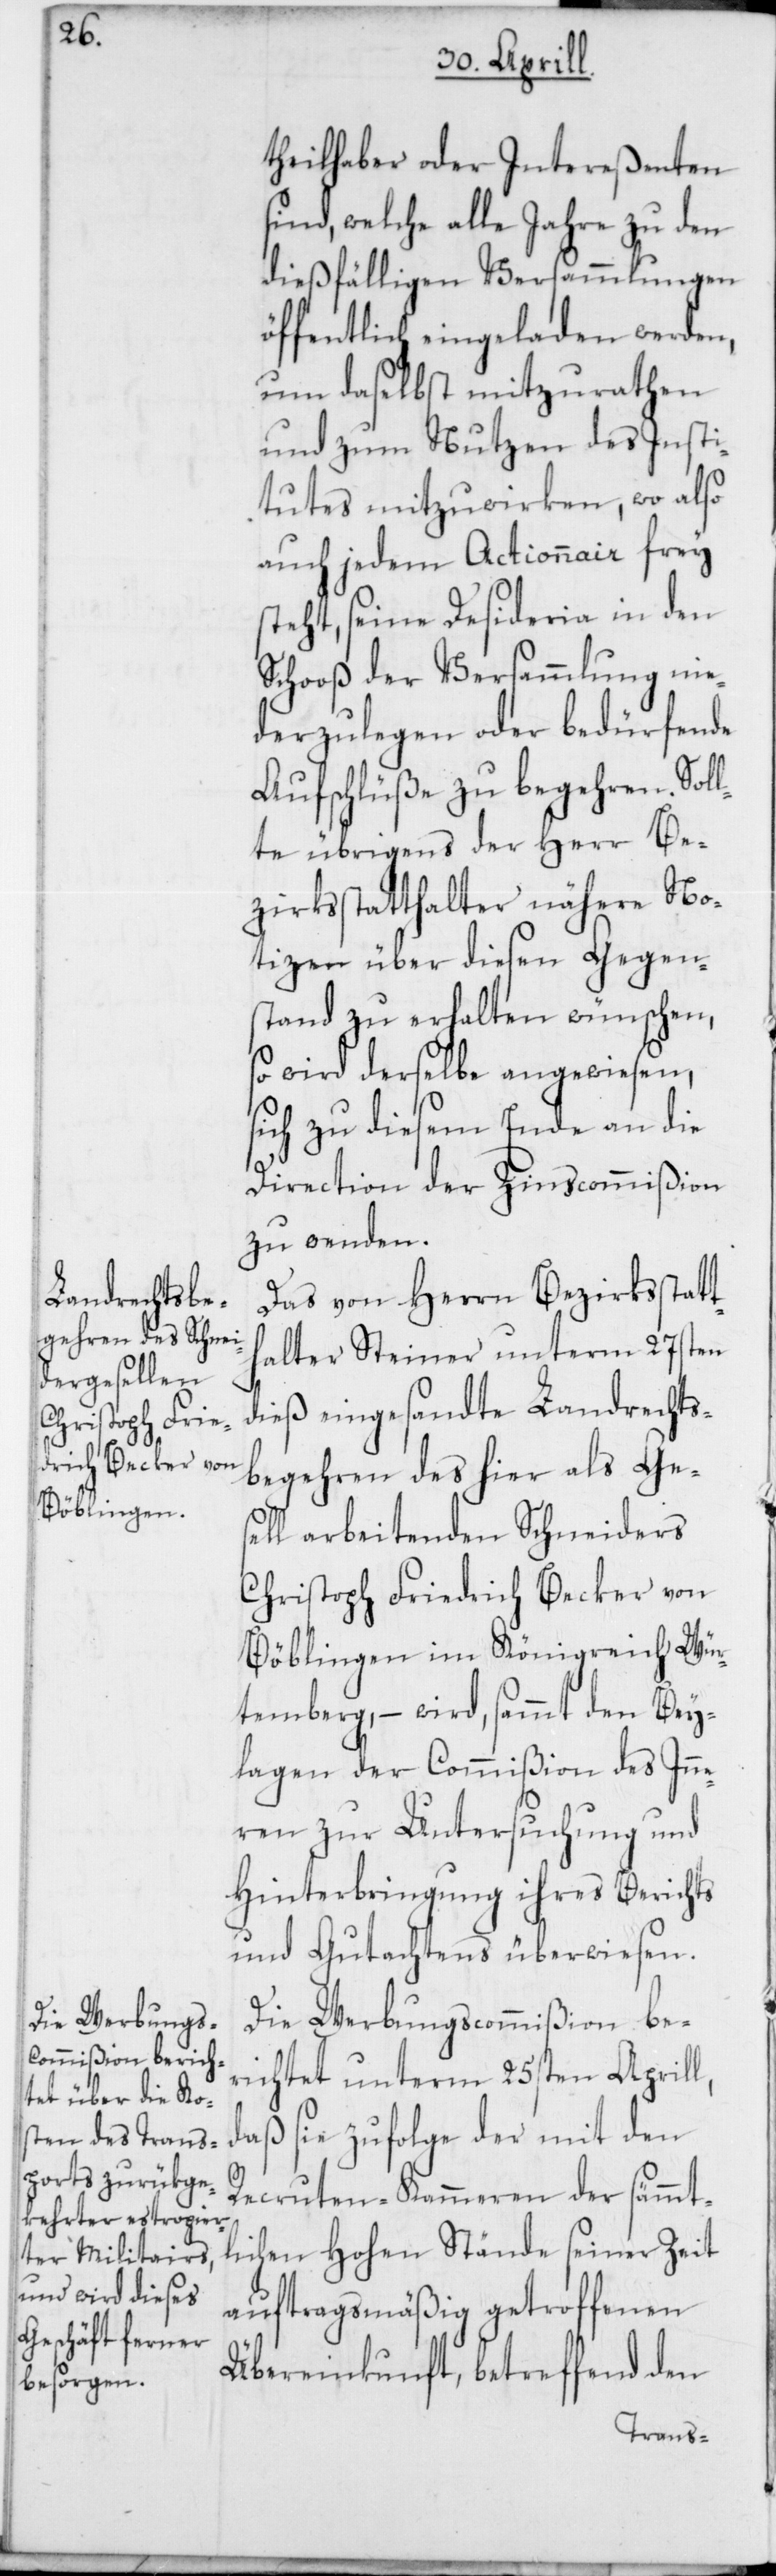
theilhaber oder Intereßenten
sind, welche alle Jahre zu den
dießfälligen Versammlungen
öffentlich eingeladen werden,
um daselbst mitzurathen
und zum Nutzen des Insti¬
tutes mitzuwirken, wo also
auch jedem Actionnaire frey
steht, seine Desideria in den
Schooß der Versammlung nie¬
derzulegen oder bedürfende
Aufschlüße zu begehren. Soll¬
te übrigens der Herr Be¬
zirksstatthalter nähere No¬
tizen über diesen Gegen¬
stand zu erhalten wünschen,
so wird derselbe angewiesen,
sich zu diesem Ende an die
Direction der Zinscommißion
zu wenden.
Das von Herrn Bezirksstatt¬
halter Steiner unterm 27sten
dieß eingesandte Landrechts¬
begehren des hier als Ges¬
ell arbeitenden Schneiders
Christoph Friedrich Becker von
Böblingen im Königreich Wür¬
temberg, – wird, sammt den Bey¬
lagen der Commißion des Inn¬
eren zur Untersuchung und
Hinterbringung ihres Berichts
und Gutachtens überwiesen.
Die Werbungscommißion be¬
richtet unterm 25sten Aprill,
daß sie zufolge der mit den
Recruten-Kammeren der sämmt¬
lichen Hohen Stände seiner Zeit
auftragsmäßig getroffenen
Übereinkunft, betreffend den